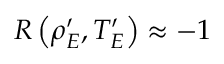
R \left( \rho _ { E } ^ { \prime } , T _ { E } ^ { \prime } \right) \approx - 1